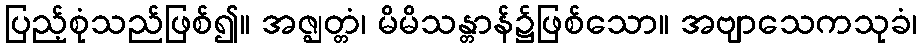
ပြည့်စုံသည်ဖြစ်၍။ အဇ္ဈတ္တံ၊ မိမိသန္တာန်၌ဖြစ်သော။ အဗျာသေကသုခံ၊